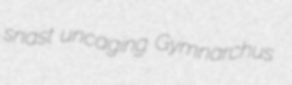
snast uncaging Gymnarchus